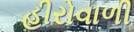
હીરોવાળી